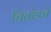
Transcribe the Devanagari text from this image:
चितोडचे